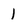
Character: 1